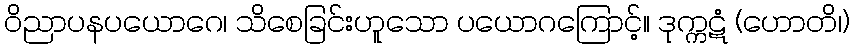
ဝိညာပနပယောဂေ၊ သိစေခြင်းဟူသော ပယောဂကြောင့်။ ဒုက္ကဋံ (ဟောတိ၊)